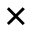
\times